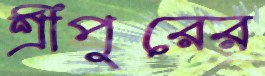
শ্রীপুরের